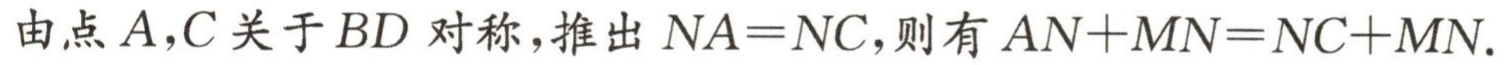
由点 \(A,C\) 关于 \(BD\) 对称，推出 \(NA = NC\)，则有 \(AN + MN = NC + MN\).